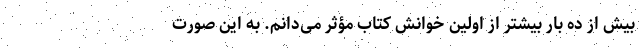
بیش از ده بار بیشتر از اولین خوانش کتاب مؤثر می‌دانم. به این صورت